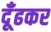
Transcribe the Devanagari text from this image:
दूँढकर